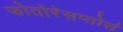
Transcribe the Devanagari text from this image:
फोतोरेसप्तोर्स